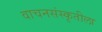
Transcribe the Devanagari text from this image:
वाचनसंस्कृतीला